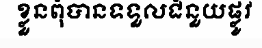
ខ្លួនពុំបានទទួលជំនួយផ្លូវ